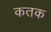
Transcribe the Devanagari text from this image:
कतक